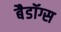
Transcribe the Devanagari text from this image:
बैडॉग्स